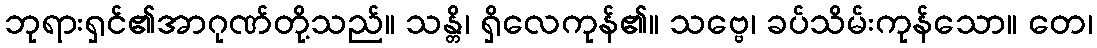
ဘုရားရှင်၏အာဂုဏ်တို့သည်။ သန္တိ၊ ရှိလေကုန်၏။ သဗ္ဗေ၊ ခပ်သိမ်းကုန်သော။ တေ၊